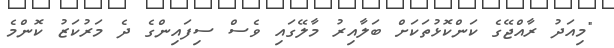
"މިއަދު ރާއްޖޭގެ ކަންކޮޅުތަކަށް ބަލާއިރު މާލޭގައި ވެސް ސިފައިންގެ ދެ މަރުކަޒު ކޮންމެ